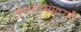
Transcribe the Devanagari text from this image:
अध्यात्मावरही